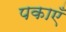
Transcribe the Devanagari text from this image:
पकाएँ